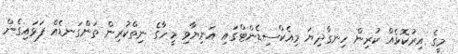
މީގެ އިރުކޮޅެއް ކުރިން ހިނގާދިޔަ މިއެކްސިޑެންޓްގައި އަނިޔާވި މީހާގެ ނިތްކުރިން ތަންގަނޑެއް ފަޅައިގެން